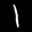
Label: 1